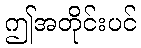
ဤအတိုင်းပင်